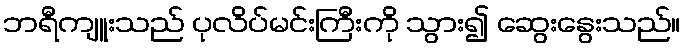
ဘရီကျူးသည် ပုလိပ်မင်းကြီးကို သွား၍ ဆွေးနွေးသည်။